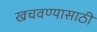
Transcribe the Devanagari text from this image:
खचवण्यासाठी